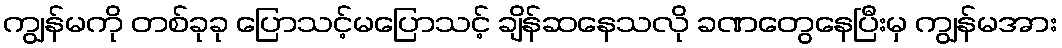
ကျွန်မကို တစ်ခုခု ပြောသင့်မပြောသင့် ချိန်ဆနေသလို ခဏတွေနေပြီးမှ ကျွန်မအား